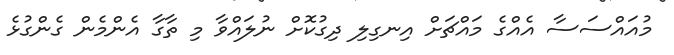
މުއައްސަސާ އެެއްގެ މައްޗަށް އިނގިލި ދިގުކޮށް ނުލައްވާ މި ތާގާ އެެންމެން ގެންގުޅެ